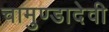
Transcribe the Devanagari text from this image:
चामुण्डादेवी